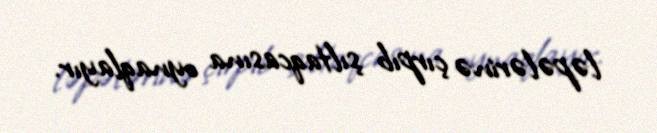
ləpələrinə çırpıb şıltaqcasına oynaqlayır.